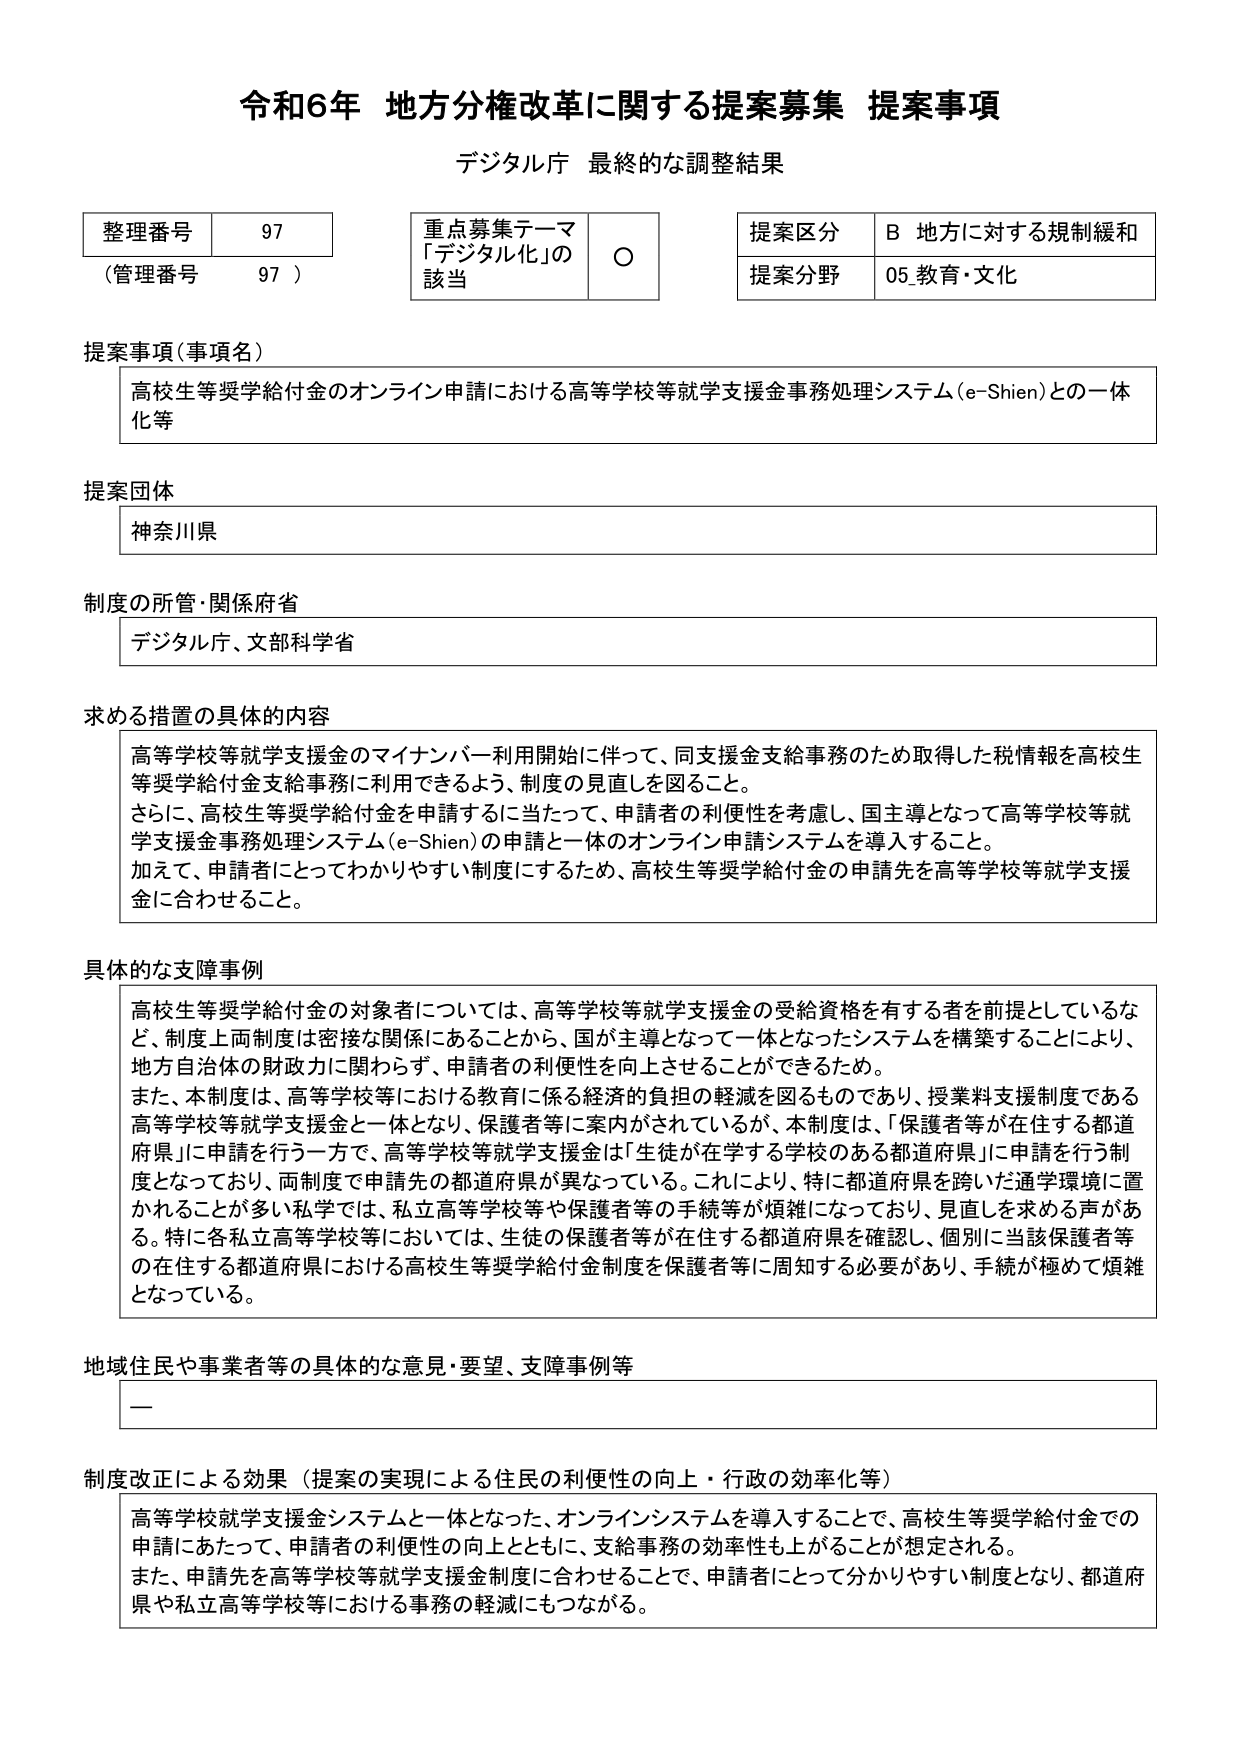
令和6年 地方分権改革に関する提案募集 提案事項
デジタル庁 最終的な調整結果

整理番号 97
（管理番号 97）

重点募集テーマ
「デジタル化」の該当 ○

提案区分 B 地方に対する規制緩和
提案分野 05 教育・文化

提案事項（事項名）
高校生等奨学給付金のオンライン申請における高等学校等就学支援金事務処理システム（e-Shien）との一体化等

提案団体
神奈川県

制度の所管・関係府省
デジタル庁、文部科学省

求める措置の具体的な内容
高等学校等就学支援金のマイナンバー利用開始に伴って、同支援金支給事務のため取得した税情報を高校生等奨学給付金支給事務に利用できるよう、制度の見直しを図ること。
さらに、高校生等奨学給付金を申請するに当たって、申請者の利便性を考慮し、国主導となって高等学校等就学支援金事務処理システム（e-Shien）の申請と一体のオンライン申請システムを導入すること。
加えて、申請者にとってわかりやすい制度にするため、高校生等奨学給付金の申請先を高等学校等就学支援金に合わせること。

具体的な支障事例
高校生等奨学給付金の対象者については、高等学校等就学支援金の受給資格を有する者を前提としているなど、制度上両制度は密接な関係にあることから、国が主導となって一体となったシステムを構築することにより、地方自治体の財政力に関わらず、申請者の利便性を向上させることができるため。
また、本制度は、高等学校等における教育に係る経済的負担の軽減を図るものであり、授業料支援制度である高等学校等就学支援金と一体となり、保護者等に案内がされているが、本制度は、「保護者等が在住する都道府県」に申請を行う一方で、高等学校等就学支援金は「生徒が在学する学校のある都道府県」に申請を行う制度となっており、両制度で申請先の都道府県が異なっている。これにより、特に都道府県を跨いだ通学環境に置かれることが多い私学では、私立高等学校等や保護者等の手続等が煩雑になっており、見直しを求める声がある。特に各私立高等学校等においては、生徒の保護者等が在住する都道府県を確認し、個別に当該保護者等の在住する都道府県における高校生等奨学給付金制度を保護者等に周知する必要があり、手続が極めて煩雑となっている。

地域住民や事業者等の具体的な意見・要望、支障事例等
—

制度改正による効果（提案の実現による住民の利便性の向上・行政の効率化等）
高等学校就学支援金システムと一体となった、オンラインシステムを導入することで、高校生等奨学給付金での申請にあたって、申請者の利便性の向上とともに、支給事務の効率性も上がることが想定される。
また、申請先を高等学校等就学支援金制度に合わせることで、申請者にとって分かりやすい制度となり、都道府県や私立高等学校等における事務の軽減にもつながる。